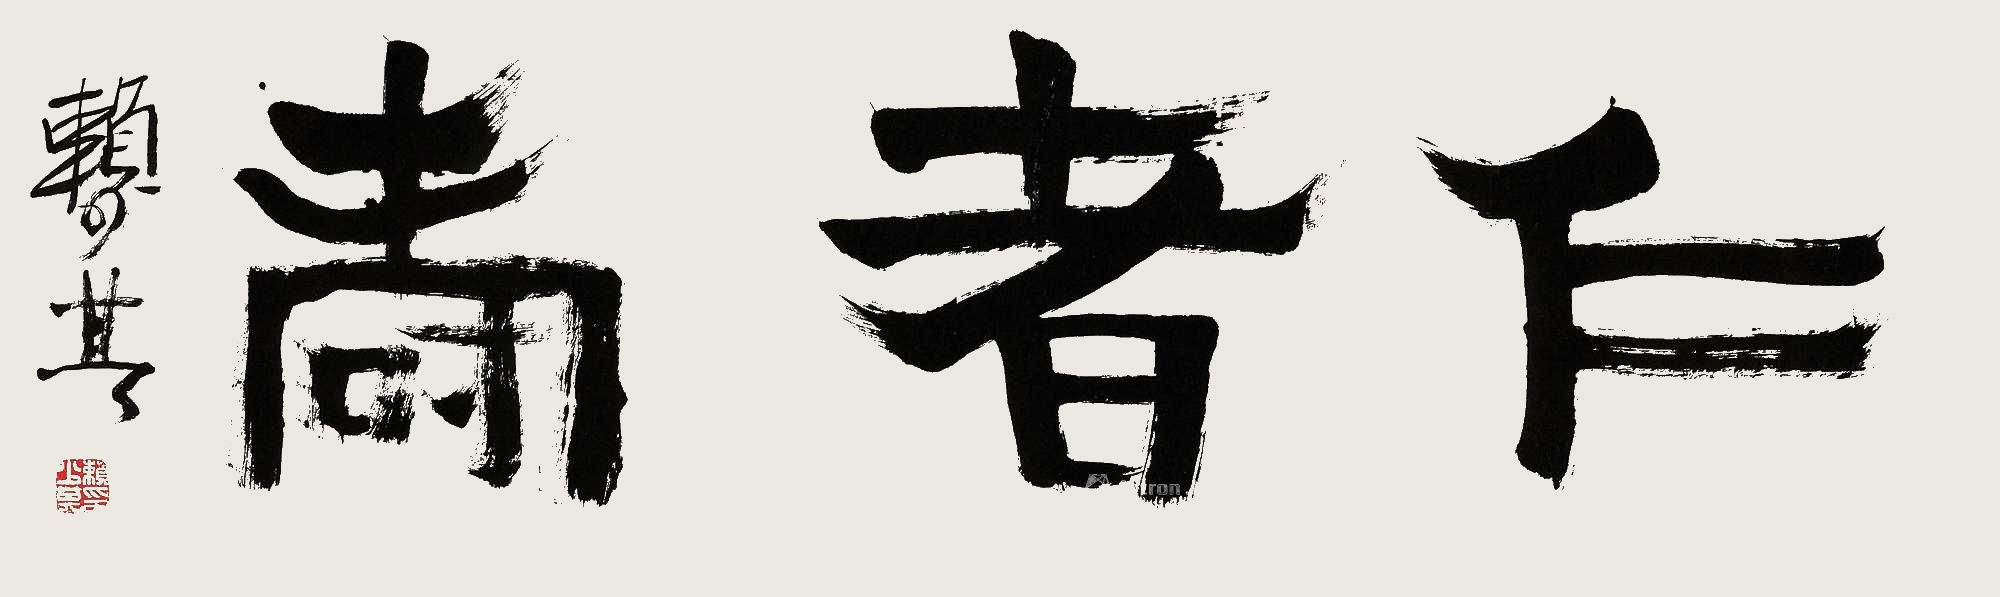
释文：仁者寿。赖少其。